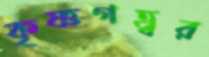
কৃষ্ণগহ্বর